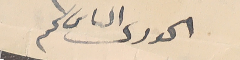
الحورى الىاس ىحم